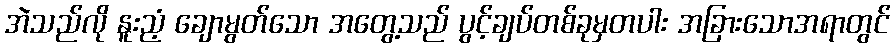
အဲသည်လို နူးညံ့ ချောမွတ်သော အတွေ့သည် ပွင့်ချပ်တစ်ခုမှတပါး အခြားသောအရာတွင်